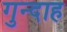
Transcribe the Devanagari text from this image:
गुन्दाह